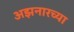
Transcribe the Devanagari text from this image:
अझनारच्या